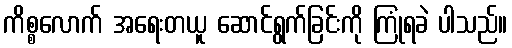
ကိစ္စလောက် အရေးတယူ ဆောင်ရွက်ခြင်းကို ကြုံရခဲ ပါသည်။